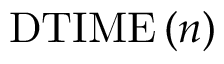
\mathrm { D T I M E } \left( n \right)